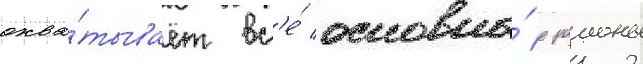
охва́тывает вс'е́ основны́е раионы